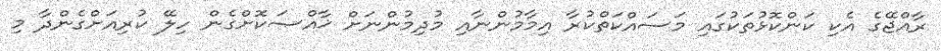
ރާއްޖޭގެ އެކި ކަންކޮޅުތަކުގައި މަސައްކަތްކުރާ އިމާމުންނާއި މުދިމުންނަށް ޚާއްޞަކޮށްގެން ހިލޭ ކުރިއަށްގެންދާ މި